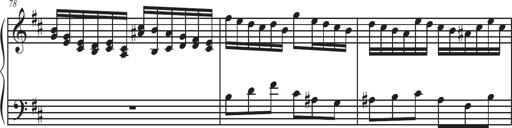
Title: Sonatina Espania
Composer: Jerald Franklin Archer
Key: Various